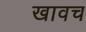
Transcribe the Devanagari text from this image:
खावच